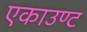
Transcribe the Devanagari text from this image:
एकाउण्ट